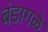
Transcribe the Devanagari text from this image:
बंडागळे